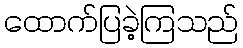
ထောက်ပြခဲ့ကြသည်